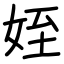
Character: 姪